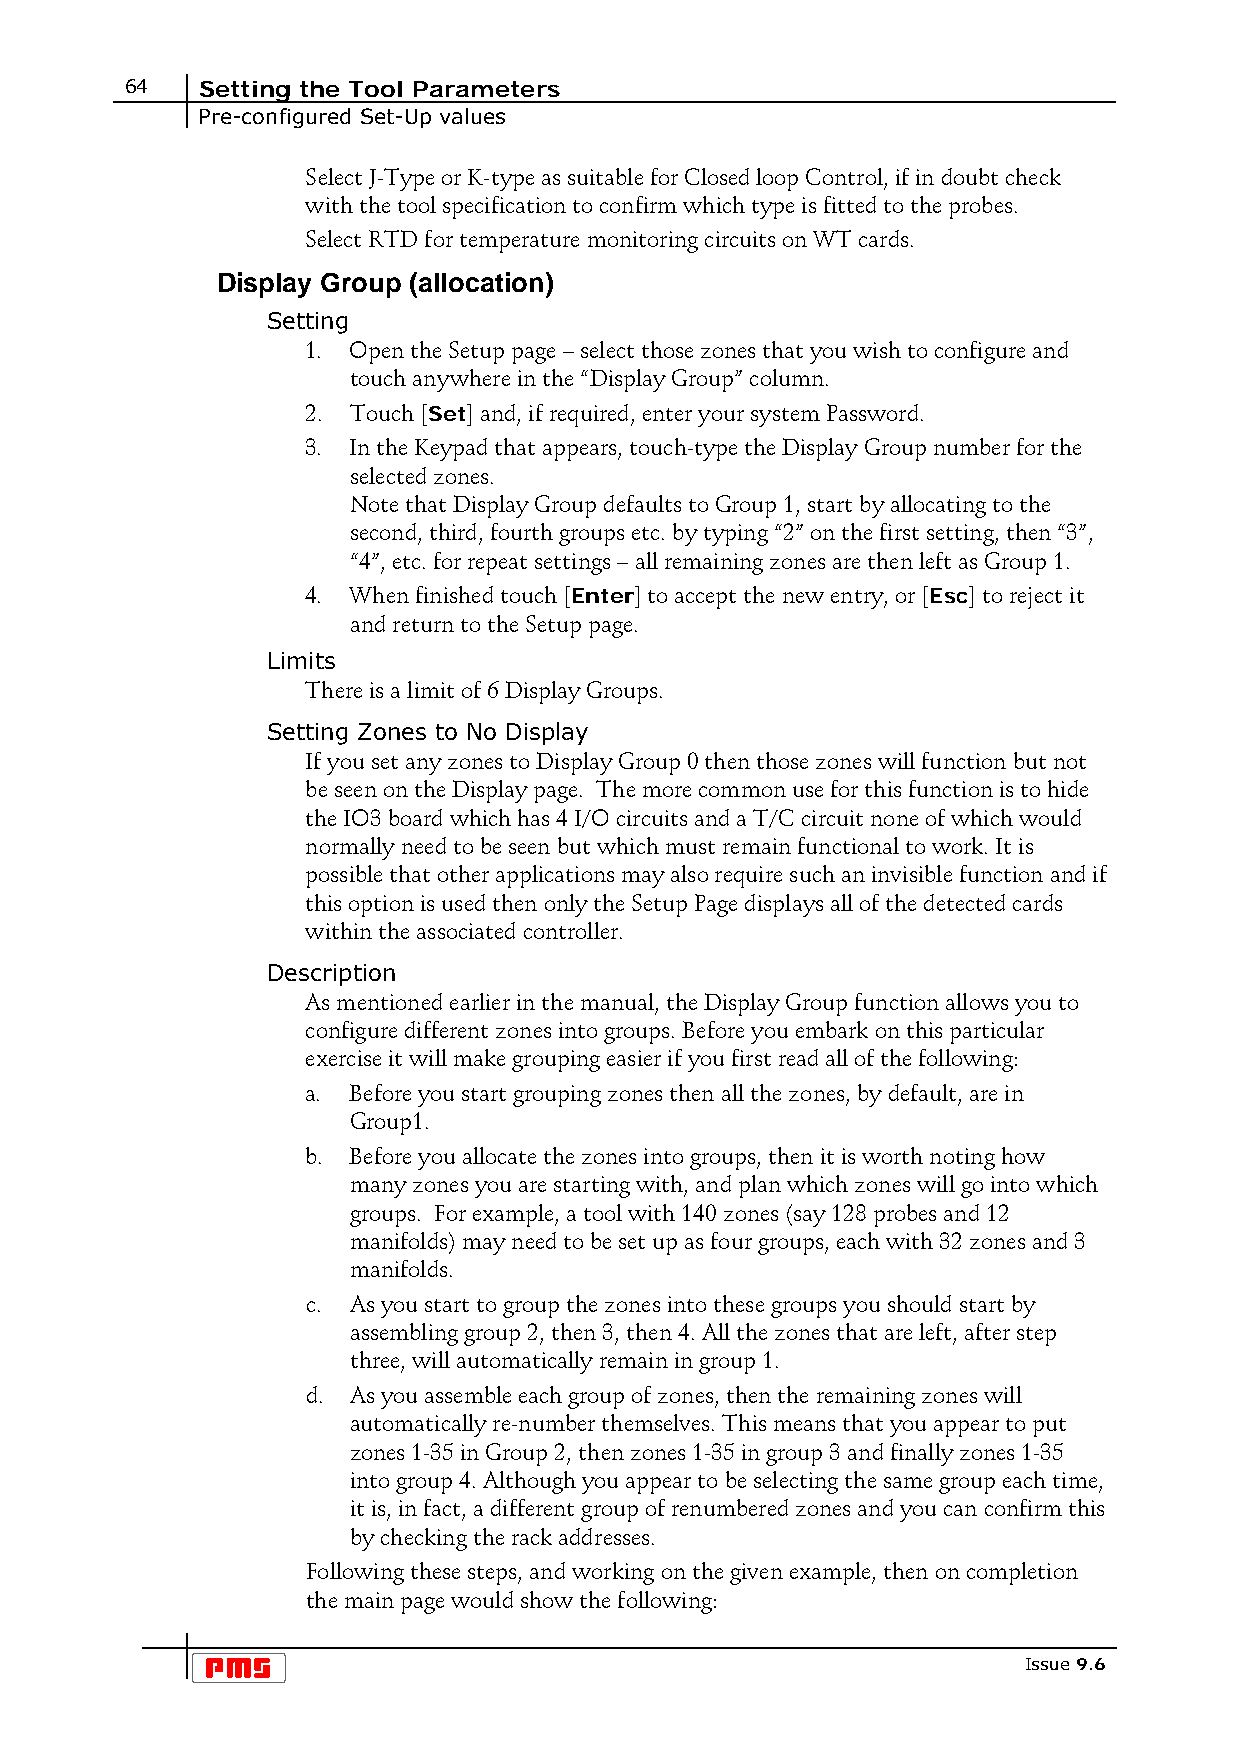
64   Setting the Tool Parameters
 Pre-configured Set-Up values
 Select J-Type or K-type as suitable for Closed loop Control, if in doubt check
 with the tool specification to confirm which type is fitted to the probes.
 Select RTD for temperature monitoring circuits on WT cards.
 Display Group (allocation)
 Setting
 1. Open the Setup page – select those zones that you wish to configure and
 touch anywhere in the “Display Group” column.
 2. Touch [Set] and, if required, enter your system Password.
 3. In the Keypad that appears, touch-type the Display Group number for the
 selected zones.
 Note that Display Group defaults to Group 1, start by allocating to the
 second, third, fourth groups etc. by typing “2” on the first setting, then “3”,
 “4”, etc. for repeat settings – all remaining zones are then left as Group 1.
 4. When finished touch [Enter] to accept the new entry, or [Esc] to reject it
 and return to the Setup page.
 Limits
 There is a limit of 6 Display Groups.
 Setting Zones to No Display
 If you set any zones to Display Group 0 then those zones will function but not
 be seen on the Display page. The more common use for this function is to hide
 the IO3 board which has 4 I/O circuits and a T/C circuit none of which would
 normally need to be seen but which must remain functional to work. It is
 possible that other applications may also require such an invisible function and if
 this option is used then only the Setup Page displays all of the detected cards
 within the associated controller.
 Description
 As mentioned earlier in the manual, the Display Group function allows you to
 configure different zones into groups. Before you embark on this particular
 exercise it will make grouping easier if you first read all of the following:
 a. Before you start grouping zones then all the zones, by default, are in
 Group1.
 b. Before you allocate the zones into groups, then it is worth noting how
 many zones you are starting with, and plan which zones will go into which
 groups. For example, a tool with 140 zones (say 128 probes and 12
 manifolds) may need to be set up as four groups, each with 32 zones and 3
 manifolds.
 c. As you start to group the zones into these groups you should start by
 assembling group 2, then 3, then 4. All the zones that are left, after step
 three, will automatically remain in group 1.
 d. As you assemble each group of zones, then the remaining zones will
 automatically re-number themselves. This means that you appear to put
 zones 1-35 in Group 2, then zones 1-35 in group 3 and finally zones 1-35
 into group 4. Although you appear to be selecting the same group each time,
 it is, in fact, a different group of renumbered zones and you can confirm this
 by checking the rack addresses.
 Following these steps, and working on the given example, then on completion
 the main page would show the following:
 Issue 9.6